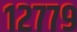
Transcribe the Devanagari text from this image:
१२७७९